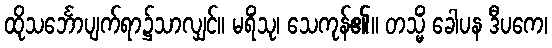
ထိုသင်္ဘောပျက်ရာ၌သာလျှင်။ မရိံသု၊ သေကုန်၏။ တသ္မိံ ခေါပန ဒီပကေ၊